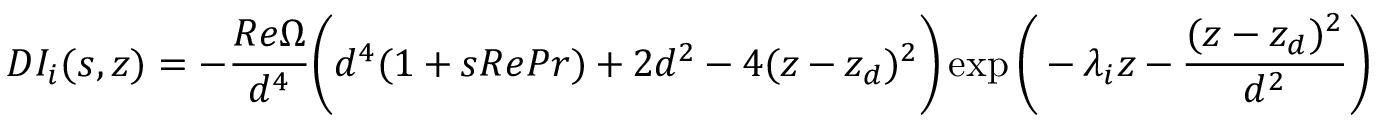
D I _ { i } ( s , z ) = - \frac { R e \Omega } { d ^ { 4 } } \bigg ( d ^ { 4 } ( 1 + s R e P r ) + 2 d ^ { 2 } - 4 ( z - z _ { d } ) ^ { 2 } \bigg ) \exp \bigg ( - \lambda _ { i } z - \frac { ( z - z _ { d } ) ^ { 2 } } { d ^ { 2 } } \bigg )